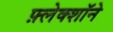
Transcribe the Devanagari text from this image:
फ़्लेक्शॉने